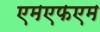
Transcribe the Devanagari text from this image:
एमएफएम